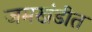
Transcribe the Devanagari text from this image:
जमखंडीत